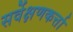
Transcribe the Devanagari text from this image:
सर्वेक्षणकर्त्ता